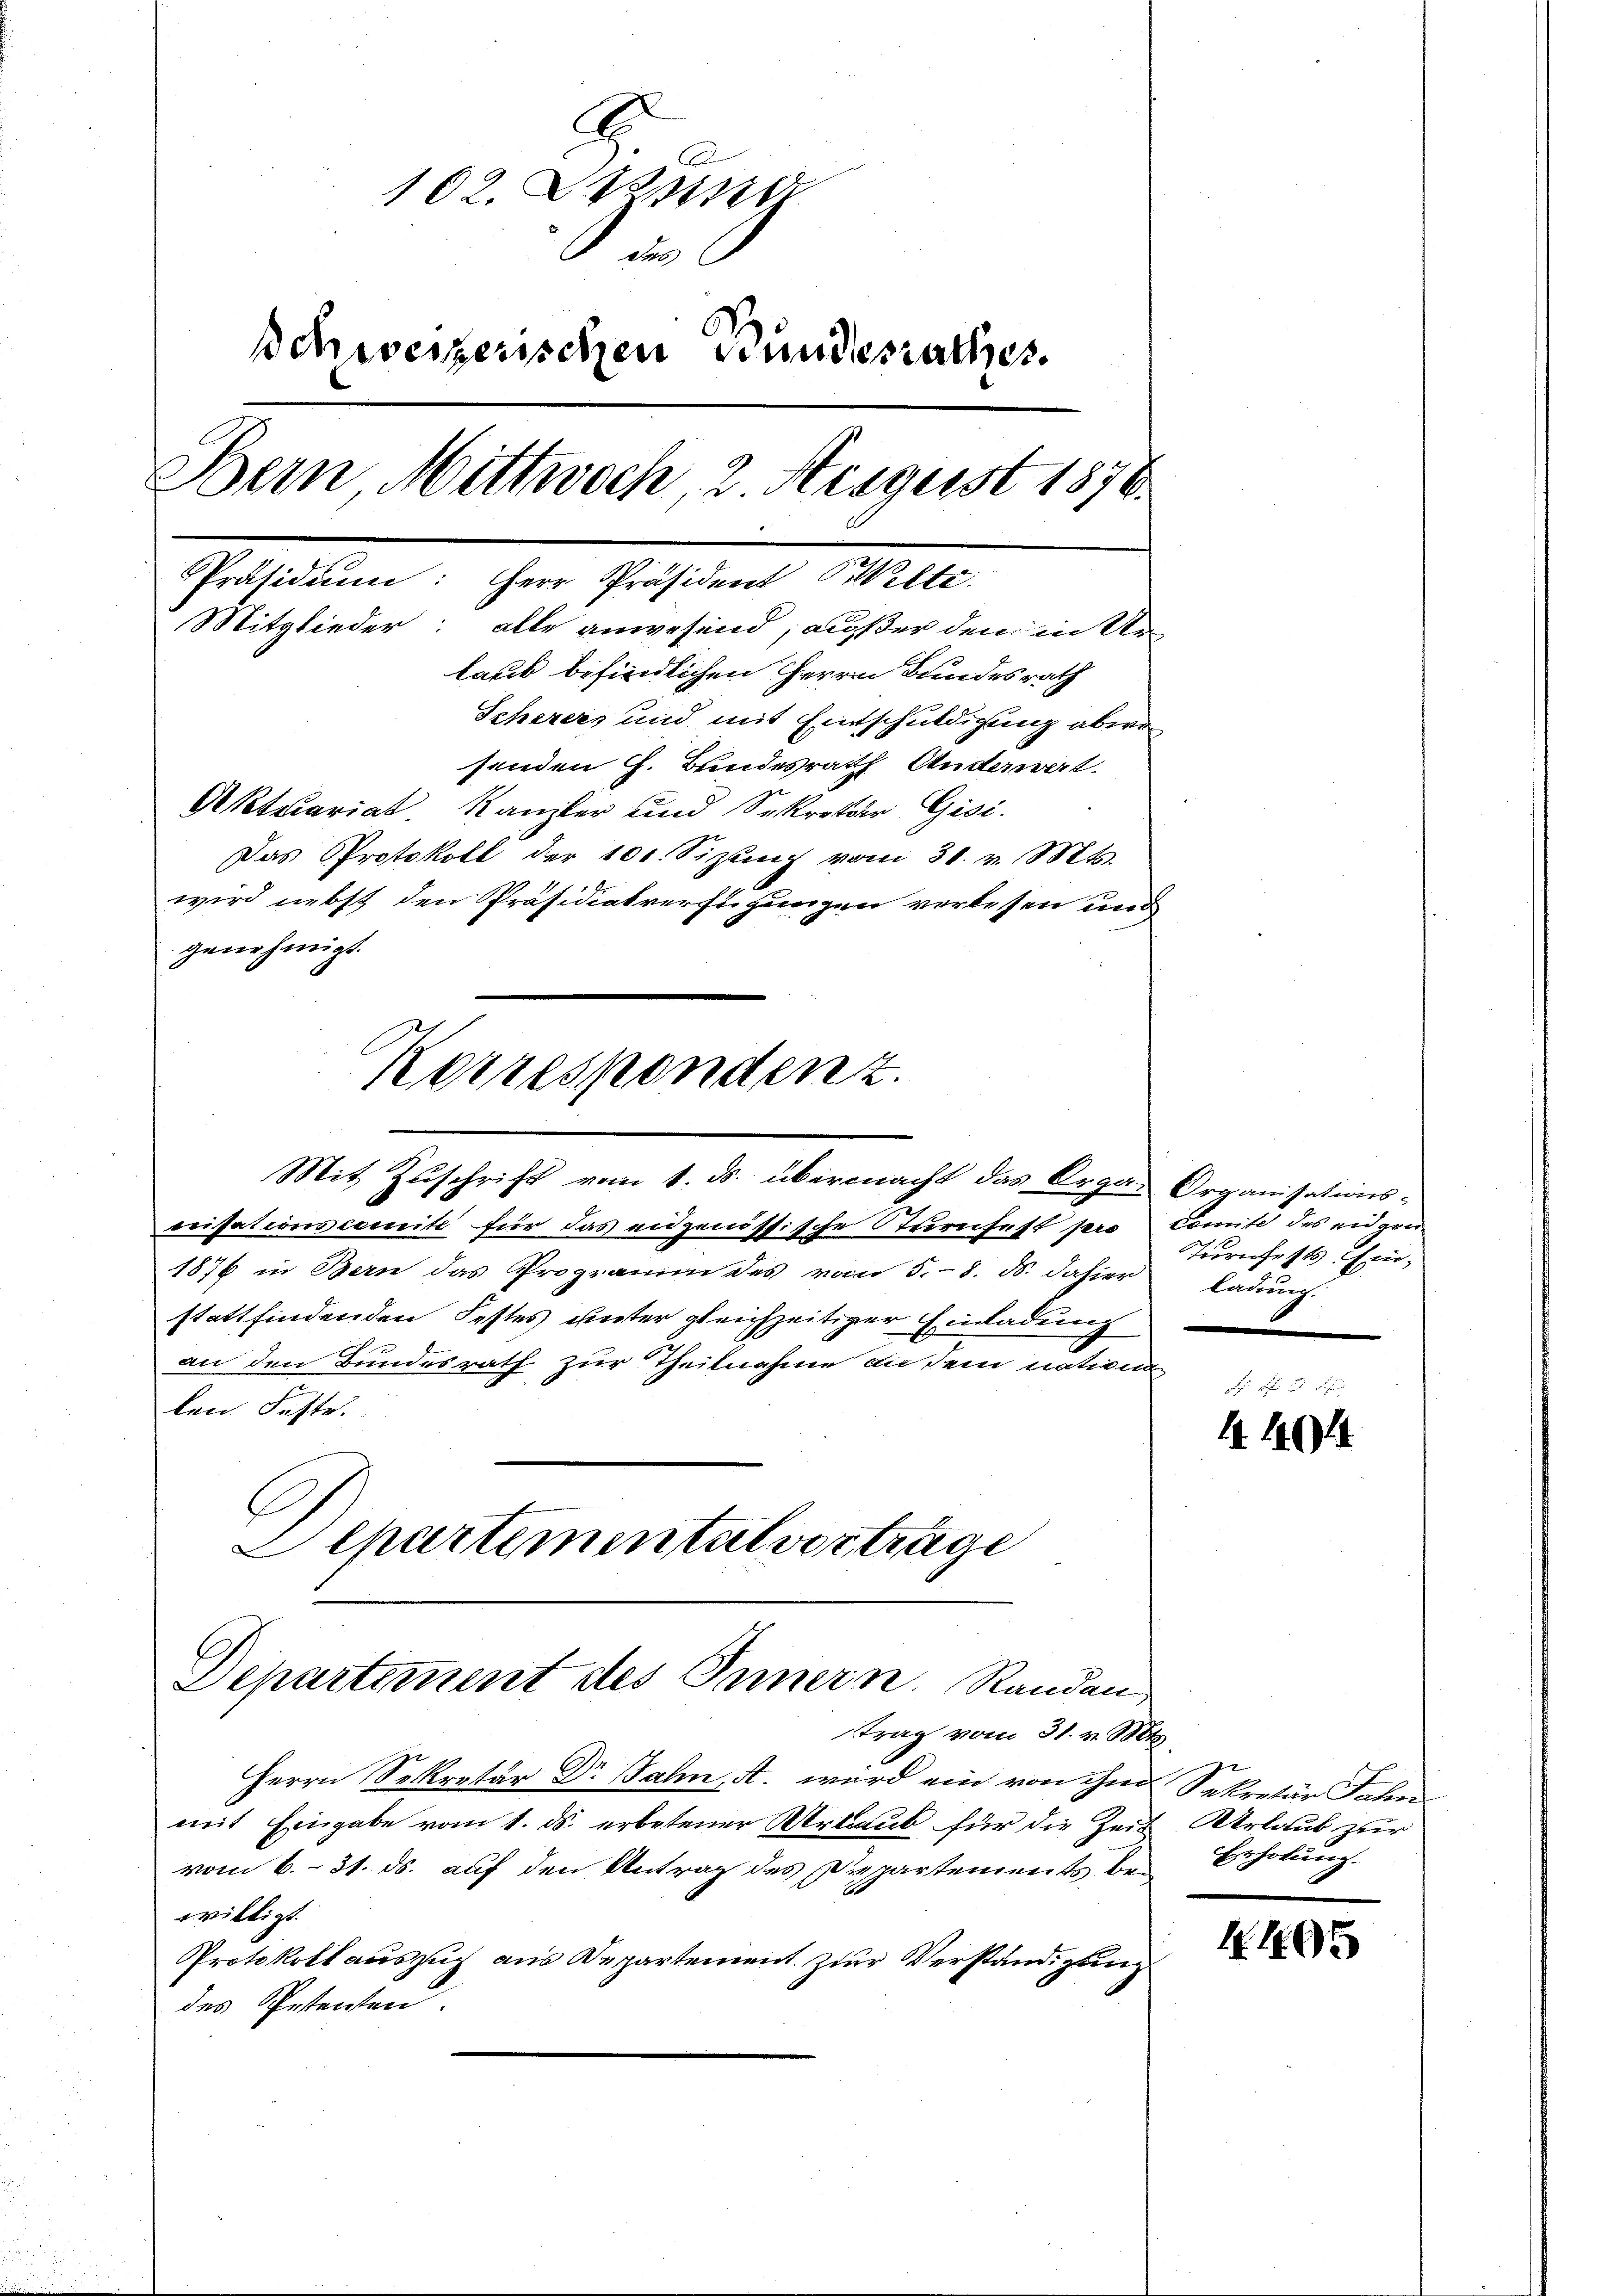
B.
A
102. Spin
Di
Schweizerischen Bundesrathes
Dein Mittwoch 2 August 1876.
Präsidiŭm: Herr Präsident Welte.
Mitglieder: alle anwesend, außer den in Ur-
laut befindlichen Herrn Bundesrath
Scherers und mit Entschuldigung abwesenden G. Bundesrath Anderwert.
Aktecariat Kanzler und Sekreter Gisi-
Das Protokoll der 101. Sizŭng vom 31. v. Mts.
wird nebst den Präsidialverst zungen verlesen und
genehmigt.

orisationscomite für das eidgenössische Sturnfest pro
1876 in Bern das Programm des vom 5. 8. ds. dahier
stattfindenden Festes unter gleichzeitiger Einladung
an den Bundesrath zur Theilnahme an sein nation
len Feste.
b
Aepartemental vortrage

Mit Zuschrift vom 1. ds. übermacht das Orga- Organisations-

Korrespondenz.

Departement des Innern. Randan
trag vom 31. v. Mts.

Herrn Sekretär Dr. Jahn, A. wird ein von ihm
mit Eingabe vom 1. ds. erbetener Urlaub für die Zeit
vom 6. 31. ds. auf den Antrag des Departements, bei
willigt.
Protokoll auszug aus Departement zur Verständigung
des Petenten

Comite des eidgen
Turnfests Einladung.

F
4404

Sekretär Jahn
Urlaub zur
Erholung.

4495